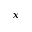
_ x